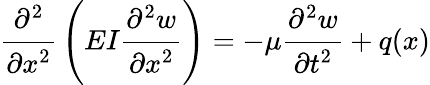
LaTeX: {\cfrac{\partial^{2}}{\partial x^{2}}}\left(EI{\cfrac{\partial^{2}w}{\partial x^{2}}}\right)=-\mu{\cfrac{\partial^{2}w}{\partial t^{2}}}+q(x)